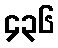
၄၃၆